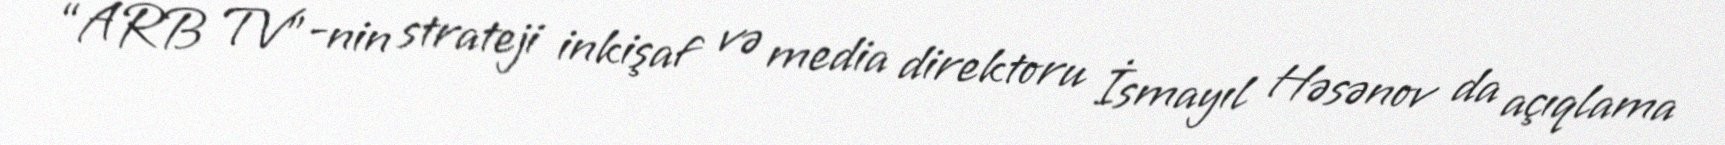
“ARB TV”-nin strateji inkişaf və media direktoru İsmayıl Həsənov da açıqlama